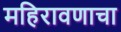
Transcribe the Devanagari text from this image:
महिरावणाचा